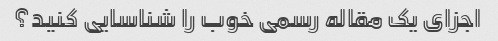
اجزای یک مقاله رسمی خوب را شناسایی کنید؟